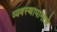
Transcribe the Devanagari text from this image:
व्यवस्थापानाचे